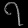
Digit: ၇